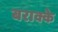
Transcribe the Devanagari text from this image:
बराक्के